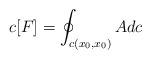
LaTeX: \begin{align*}c[F]=\oint_{c(x_{0},x_{0})} A dc\end{align*}